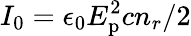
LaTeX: I_{0}=\epsilon_{0}E_{\textrm{p}}^{2}cn_{r}/2